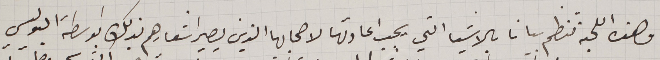
وهذه اللجنة تنظم بيانا بالاشيا التي يجب اعادتها لاصحابها الذين يصير اشعارهم بذلك بواسطة البوليس